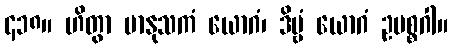
၄၁၈။ ဟိတွာ မာနုသကံ ယောဂံ၊ ဒိဗ္ဗံ ယောဂံ ဥပစ္စဂါ။